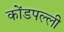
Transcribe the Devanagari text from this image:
कोंडपल्ली